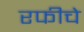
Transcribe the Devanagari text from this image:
रफीचे